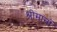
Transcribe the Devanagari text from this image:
श्रीमानों